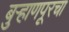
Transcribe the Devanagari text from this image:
बुर्‍हाणपूरचा